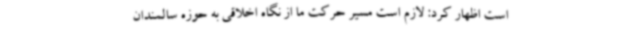
است اظهار کرد: لازم است مسیر حرکت ما از نگاه اخلاقی به حوزه سالمندان